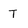
Character: T